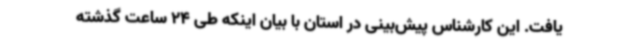
یافت. این کارشناس پیش‌بینی در استان با بیان اینکه طی 24 ساعت گذشته